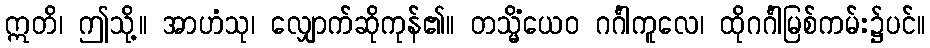
ဣတိ၊ ဤသို့။ အာဟံသု၊ လျှောက်ဆိုကုန်၏။ တသ္မိံယေဝ ဂင်္ဂါကူလေ၊ ထိုဂင်္ဂါမြစ်ကမ်း၌ပင်။